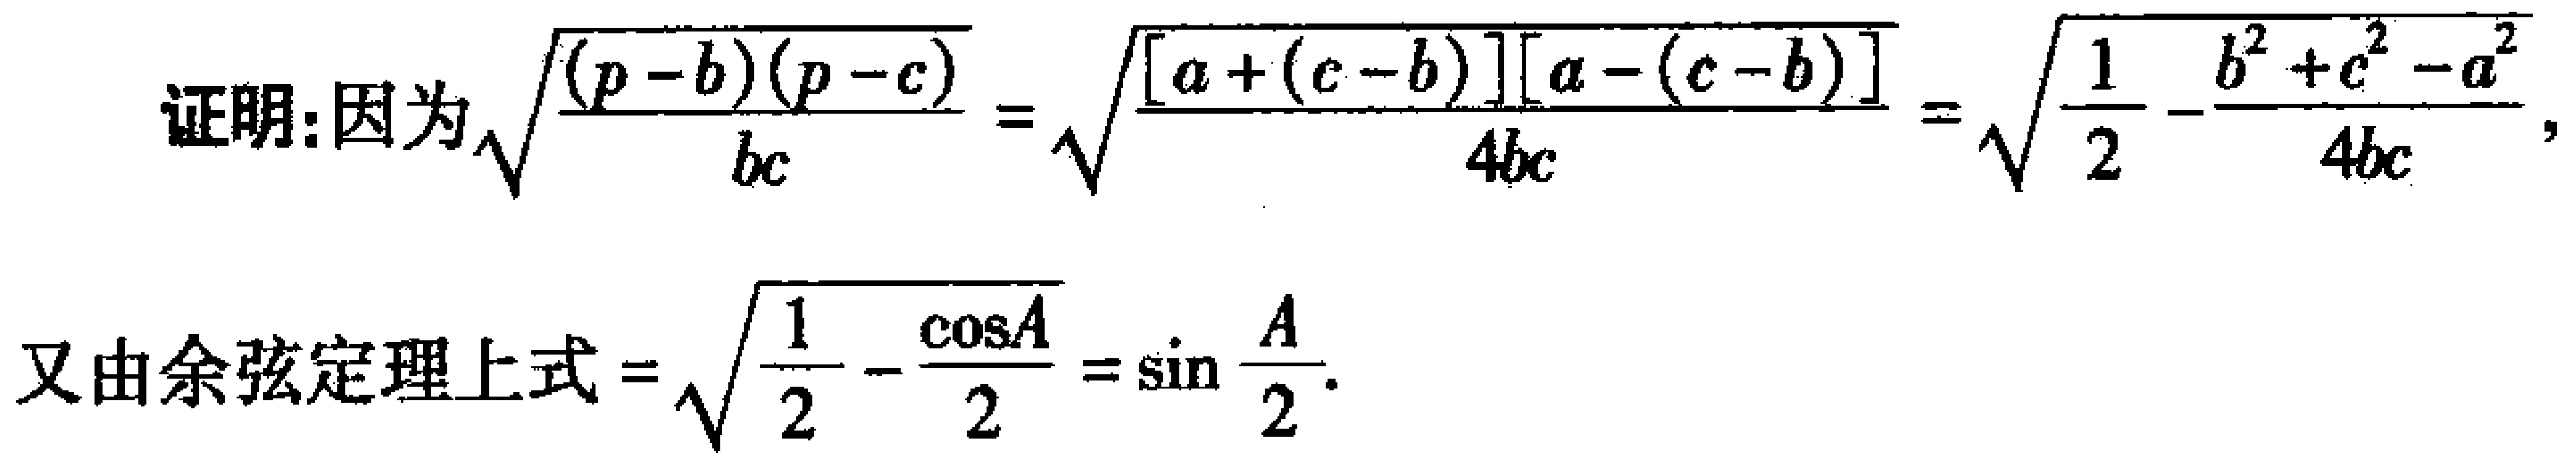
证明：因为\(\sqrt{\frac{(p - b)(p - c)}{bc}}=\sqrt{\frac{[a+(c - b)][a-(c - b)]}{4bc}}=\sqrt{\frac{1}{2}-\frac{b^{2}+c^{2}-a^{2}}{4bc}}\)，
又由余弦定理上式\(=\sqrt{\frac{1}{2}-\frac{\cos A}{2}}=\sin\frac{A}{2}\)。